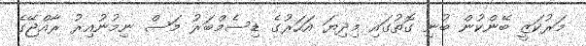
މަރުކަޒީ ބޭންކުން ބުނި ގޮތުގައި މިދިޔަ އަހަރުގެ ޑިސެމްބަރު މަސް ނިމުނުއިރު ރާއްޖޭގެ